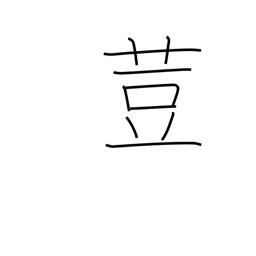
Meaning: nutmeg